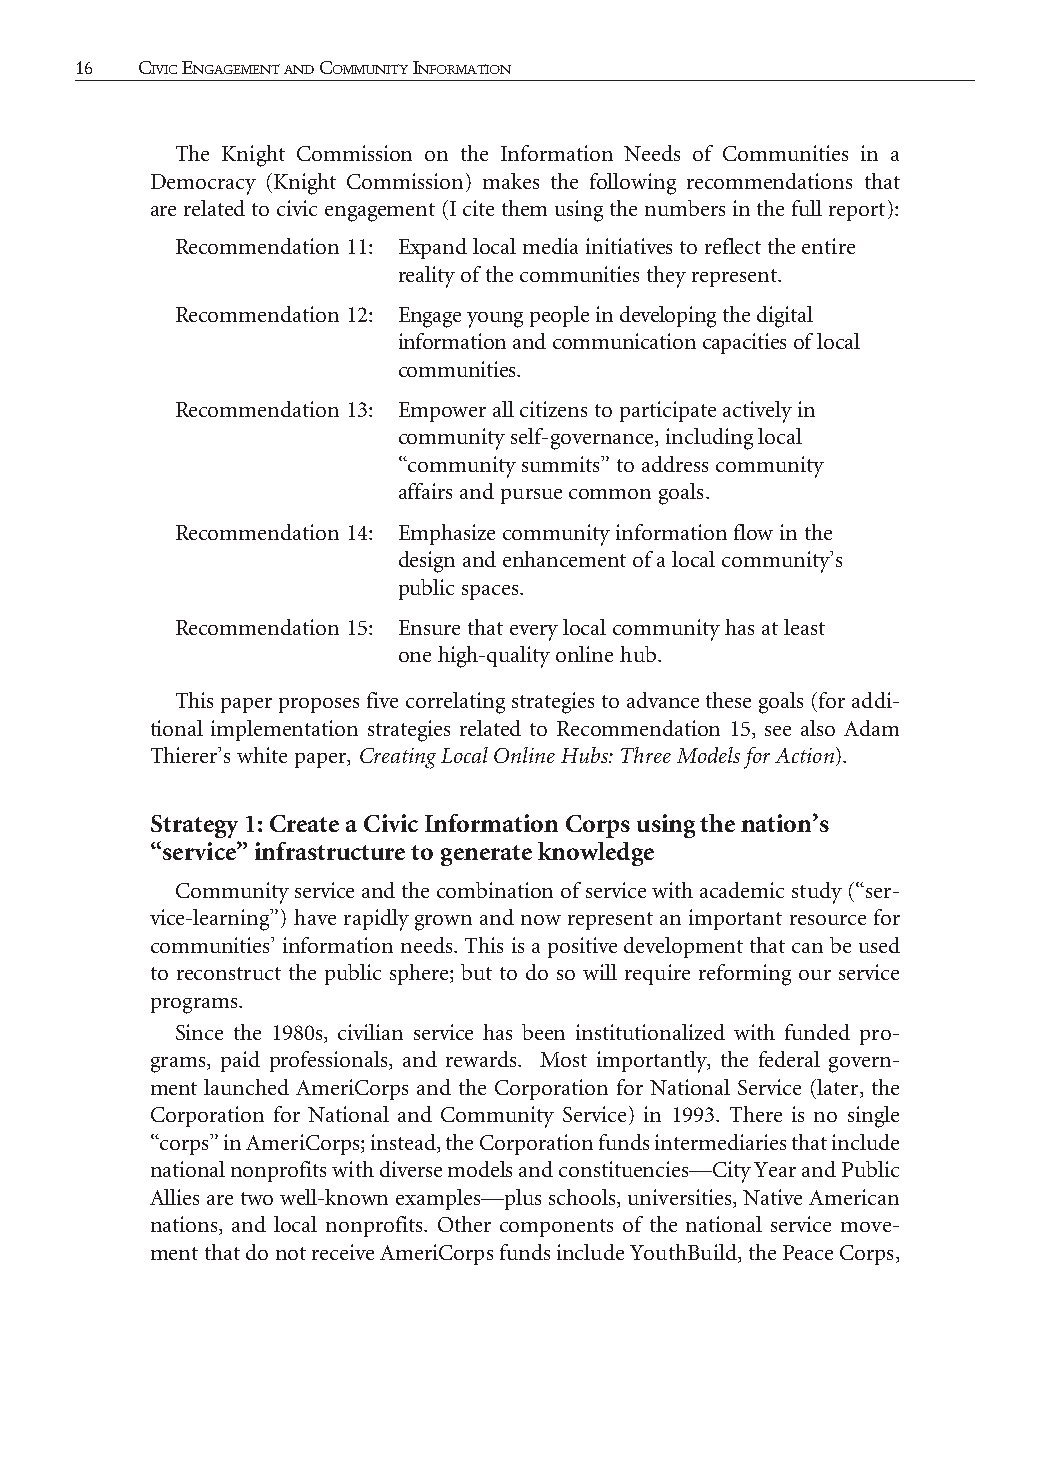
16  CiviC EngagEmEnt and Community information                                                                         thE rEport 17
 The Knight Commission on the Information Needs of Communities in a
 Democracy (Knight Commission) makes the following recommendations that
 are related to civic engagement (I cite them using the numbers in the full report):
 Recommendation 11: Expand local media initiatives to reflect the entire
 reality of the communities they represent.
 Recommendation 12: Engage young people in developing the digital
 information and communication capacities of local
 communities.
 Recommendation 13: Empower all citizens to participate actively in
 community self-governance, including local
 “community summits” to address community
 affairs and pursue common goals.
 Recommendation 14: Emphasize community information flow in the
 design and enhancement of a local community’s
 public spaces.
 Recommendation 15: Ensure that every local community has at least
 one high-quality online hub.
 This paper proposes five correlating strategies to advance these goals (for addi-
 tional implementation strategies related to Recommendation 15, see also Adam
 Thierer’s white paper, Creating Local Online Hubs: Three Models for Action).
 Strategy 1: Create a Civic Information Corps using the nation’s
 “service” infrastructure to generate knowledge
 Community service and the combination of service with academic study (“ser-
 vice-learning”) have rapidly grown and now represent an important resource for
 communities’ information needs. This is a positive development that can be used
 to reconstruct the public sphere; but to do so will require reforming our service
 programs.
 Since the 1980s, civilian service has been institutionalized with funded pro-
 grams, paid professionals, and rewards. Most importantly, the federal govern-
 ment launched AmeriCorps and the Corporation for National Service (later, the
 Corporation for National and Community Service) in 1993. There is no single
 “corps” in AmeriCorps; instead, the Corporation funds intermediaries that include
 national nonprofits with diverse models and constituencies—City Year and Public
 Allies are two well-known examples—plus schools, universities, Native American
 nations, and local nonprofits. Other components of the national service move-
 ment that do not receive AmeriCorps funds include YouthBuild, the Peace Corps,